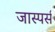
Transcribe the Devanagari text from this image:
जास्पर्स